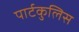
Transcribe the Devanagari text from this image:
पार्टकुलिस